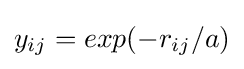
y_{ij}=exp(-r_{ij}/a)